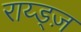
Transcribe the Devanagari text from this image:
राय्ड्ज़